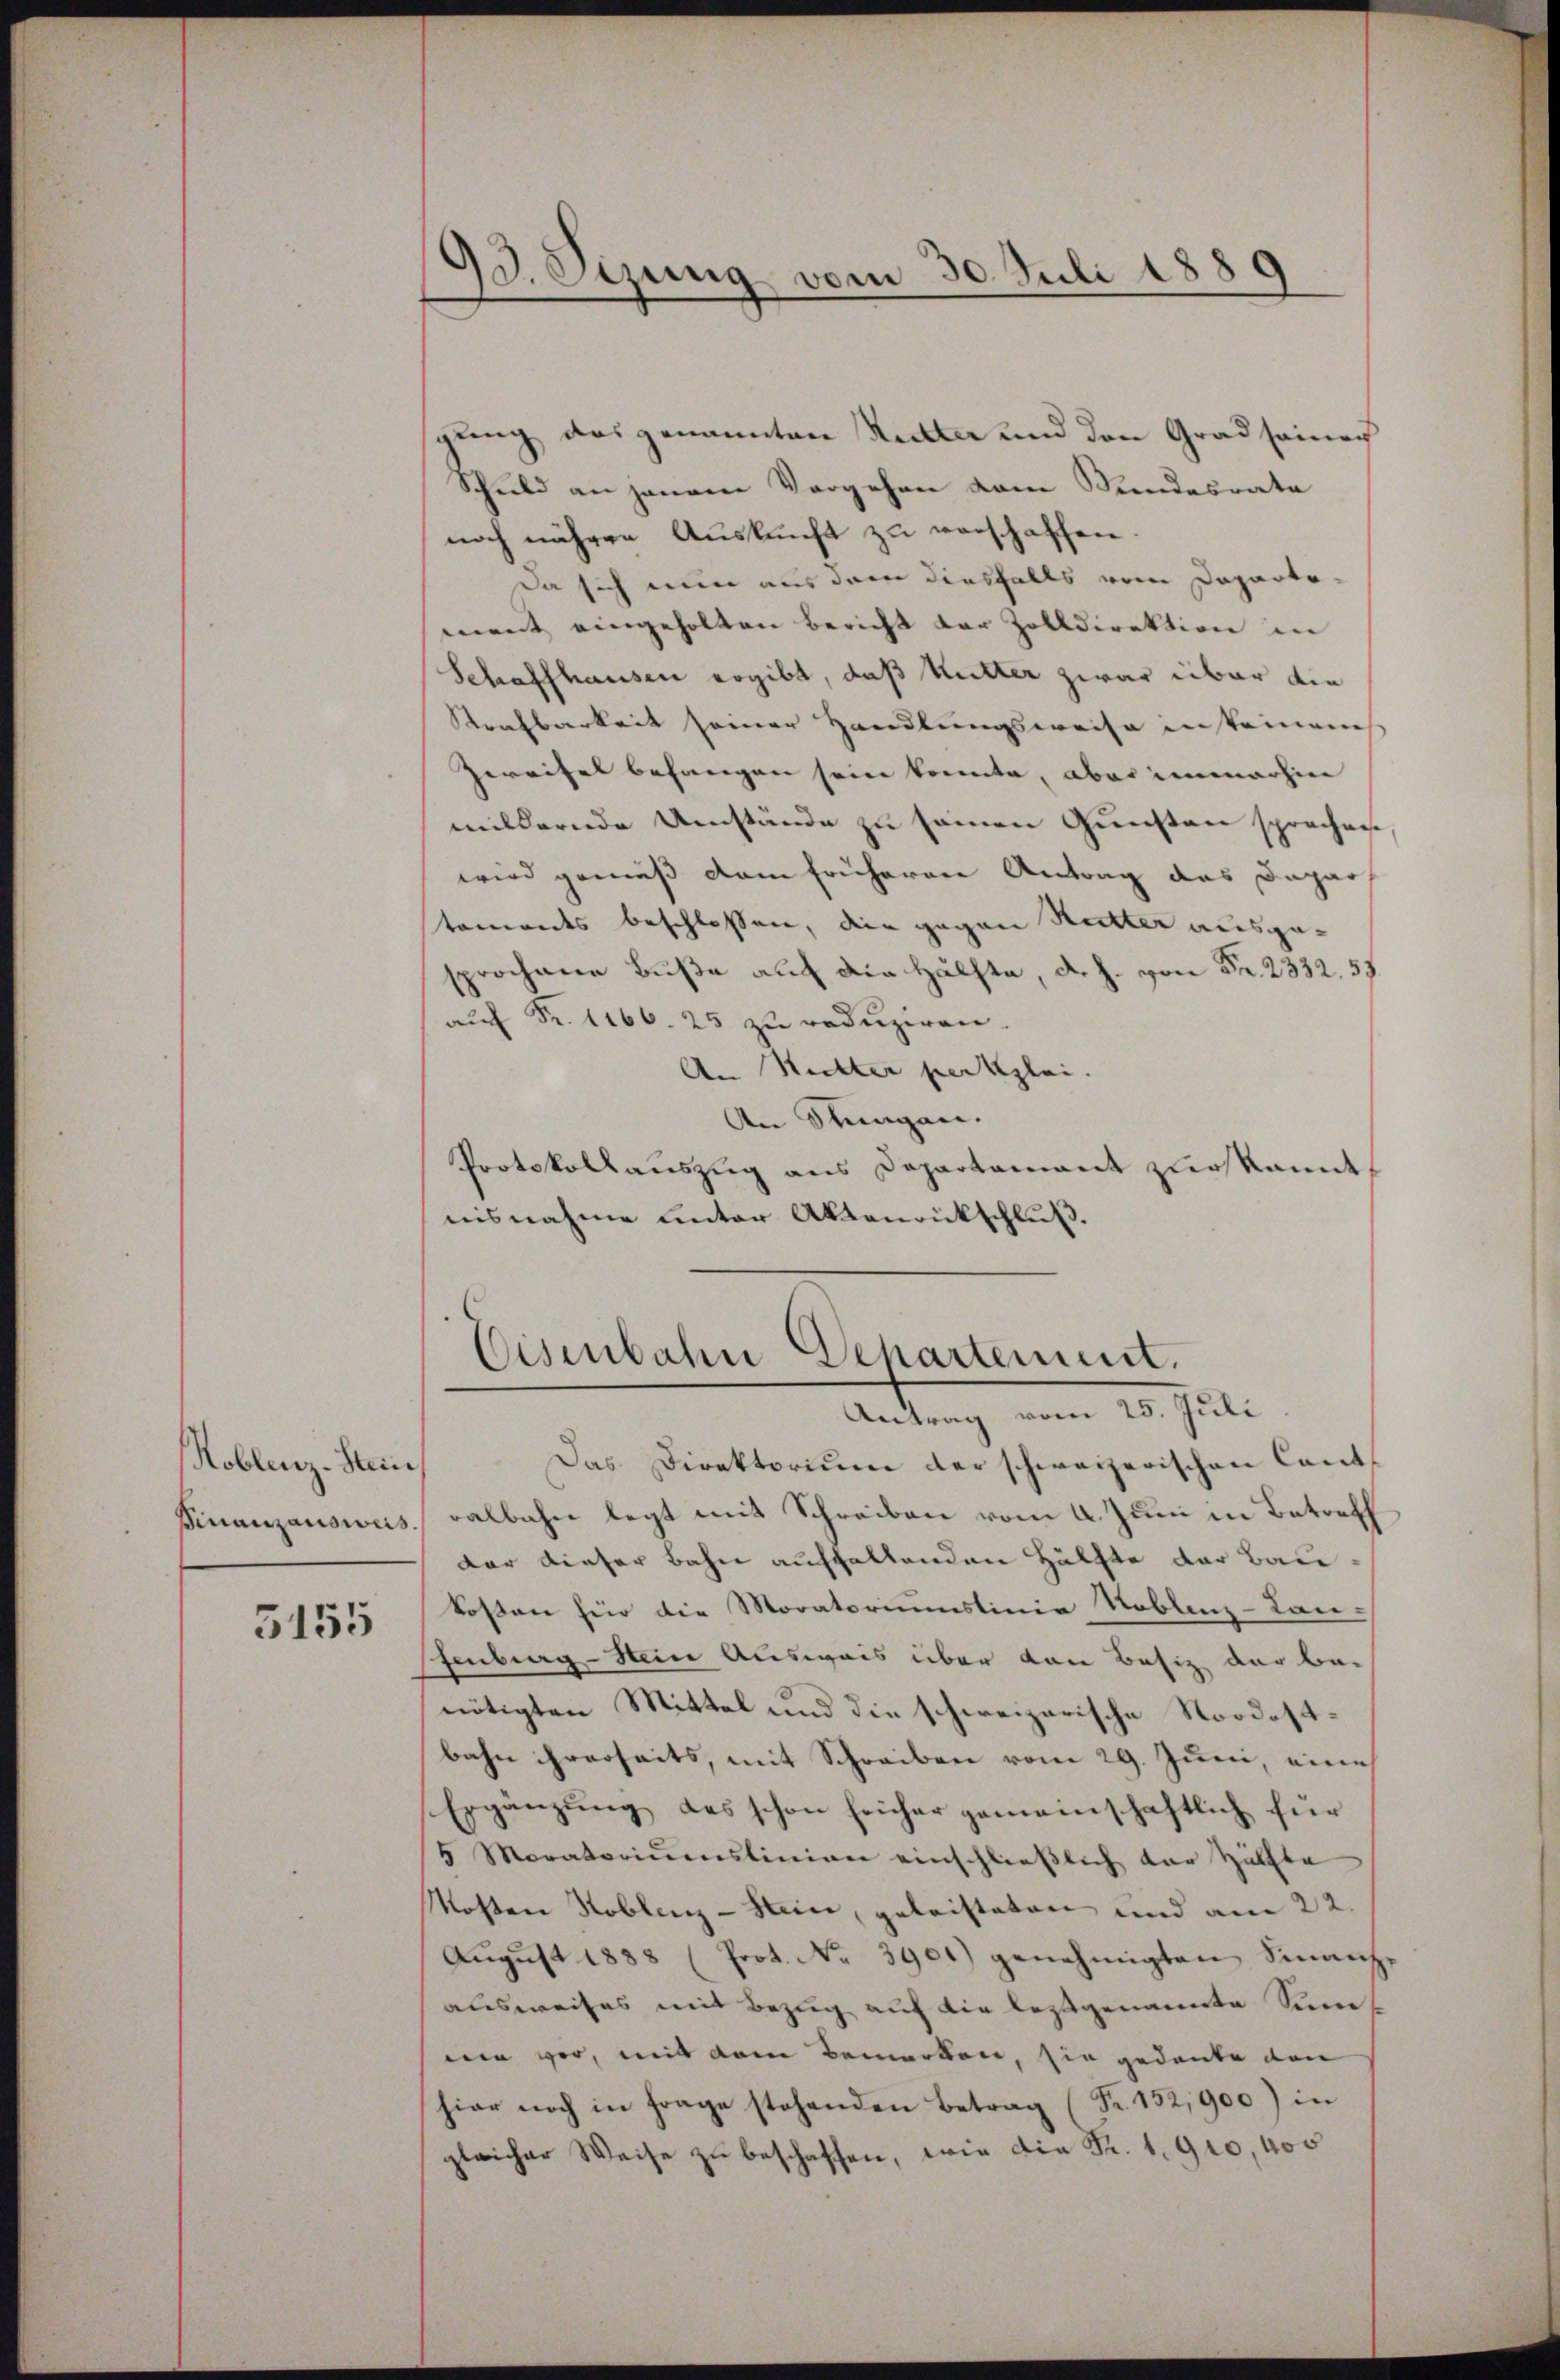
Roblenz-Hau

5155

93. Sizung vom 30. Juli 1889

spung das genannten Recta und den Grad seinech
Schuld an jenem Vergehen vom Bundesrate
noch nähere Auskunft zu verschaffen.
Da sich nun aus dem diesfalls vom Departement eingeholten Bericht der Zolldirektion in
Schaffhausen ergibt, daß Kutter zwar über die
Strafbarkeit seiner Handlungsweise insteinmess
Zweifel befangen sein konnte, aber immerhin
mildernde Umstände zu seinen Gunsten sprechen,
wird gemäß dem früheren Antrag das Dapar
tomandes beschlossen, die gegen Mutter ausgesprochene Buße auf die Hälfte, d. J. von Fr. 2332. 55.
auf Fr. 1166. 25 zu reduziren.
An Ritter per klei
An Stungen.
Protokollauszug aus Departament zur kannt
nisnahme unter Aktenrückschluß.

Eisenbahn Departement.
Antrag vom 25. Juli

Das Direktorium der schweizerischen Cant-
Finanzauswas, salbahn legt mit Schreiben vom 4. Juni in Betreff
dar dieser Bahn auffallenden Hälfte der Baukosen für die Moratoriumstinia Toblenz-Lan-
fenburg-Stein Ausweis über dann Besiz der be-
nötigten Mittel und die schweizerische Nordostbahn ihrerseits, mit Schreiben vom 29. Juni, eine
Ergänzŭng des schon früher gemeinschaftlich für
5 Moratoriŭmslinien einschlieβlich der Hälfte
Mosten Koblenz-Stein, geleisteten und am 22.
August 1888 (Prot. No. 3901) genehmigten Sinanz-
ausweises mit Bezug auf die leztgenannte Sumwen vor, mit dem Bemerken, sie gedanke den
hier noch in Frage stehenden Betrag (Fr. 152,900) in
gleicher Weise zu beschaffen, wie die Fr. 1910, 400